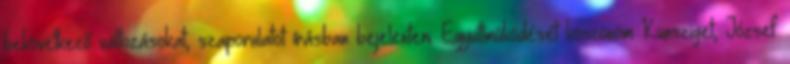
bekövetkező változásokat, szaporulatot írásban bejelenteni. Együttműködését köszönöm Kunsziget, József